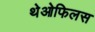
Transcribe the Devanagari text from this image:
थेओफिलस